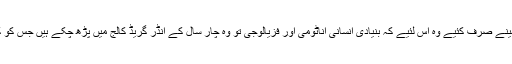
اناٹومی پر انہوں نے صرف 3 مہینے صرف کئیے وہ اس لئیے کہ بنیادی انسانی اناٹومی اور فزیالوجی تو وہ چار سال کے انڈر گریڈ کالج میں پڑھ چکے ہیں جس کو کچھ لوگ غیر اہم سمجھ رہے ہیں۔